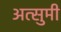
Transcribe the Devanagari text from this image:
अत्सुमी